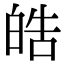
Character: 皓